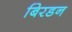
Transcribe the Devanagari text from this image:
बिरडन